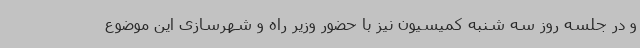
و در جلسه روز سه شنبه کمیسیون نیز با حضور وزیر راه و شهرسازی این موضوع